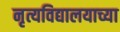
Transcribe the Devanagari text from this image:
नृत्यविद्यालयाच्या